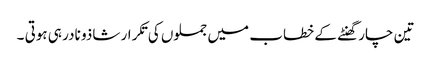
تین چار گھنٹے کے خطاب میں جملوں کی تکرار شاذو نادر ہی ہوتی ۔